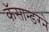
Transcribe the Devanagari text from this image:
कॅसान्डरने